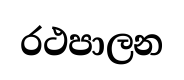
රථපාලන